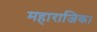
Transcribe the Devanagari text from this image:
महाराजिक।